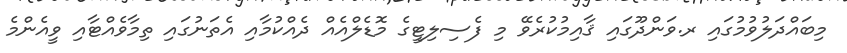
މިބައްދަލުވުމުގައި ރ.ވަންދޫގައި ޤާއިމުކުރެވޭ މި ފެސިލިޓީގެ މޮޑެލްއެއް ދެއްކުމާއި އެތަނުގައި ތިމާވެއްޓާއި ވީއެންމެ